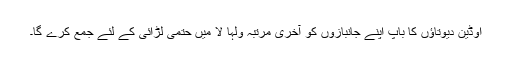
اوڈین دیوتاؤں کا باپ اپنے جانبازوں کو آخری مرتبہ ولہا لا میں حتمی لڑائی کے لئے جمع کرے گا۔